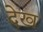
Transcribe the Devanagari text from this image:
देख्‍ा